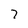
Character: 7